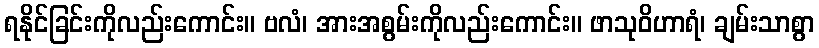
ရနိုင်ခြင်းကိုလည်းကောင်း။ ဗလံ၊ အားအစွမ်းကိုလည်းကောင်း။ ဖာသုဝိဟာရံ၊ ချမ်းသာစွာ